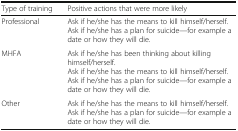
| Type of training | Positive actions that were more likely |
 | --- | --- |
 | Professional | Ask if he/she has the means to kill himself/herself.Ask if he/she has a plan for suicide—for example a date or how they will die. |
 | MHFA | Ask if he/she has been thinking about killing himself/herself.Ask if he/she has the means to kill himself/herself.Ask if he/she has a plan for suicide—for example a date or how they will die. |
 | Other | Ask if he/she has the means to kill himself/herself.Ask if he/she has a plan for suicide—for example a date or how they will die. |